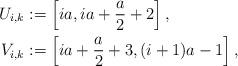
LaTeX: \begin{align*}U_{i,k} & := \left[ i a, ia + \frac{a}{2} + 2 \right],\\V_{i,k} & := \left[i a + \frac{a}{2} + 3, (i+1) a - 1 \right],\end{align*}